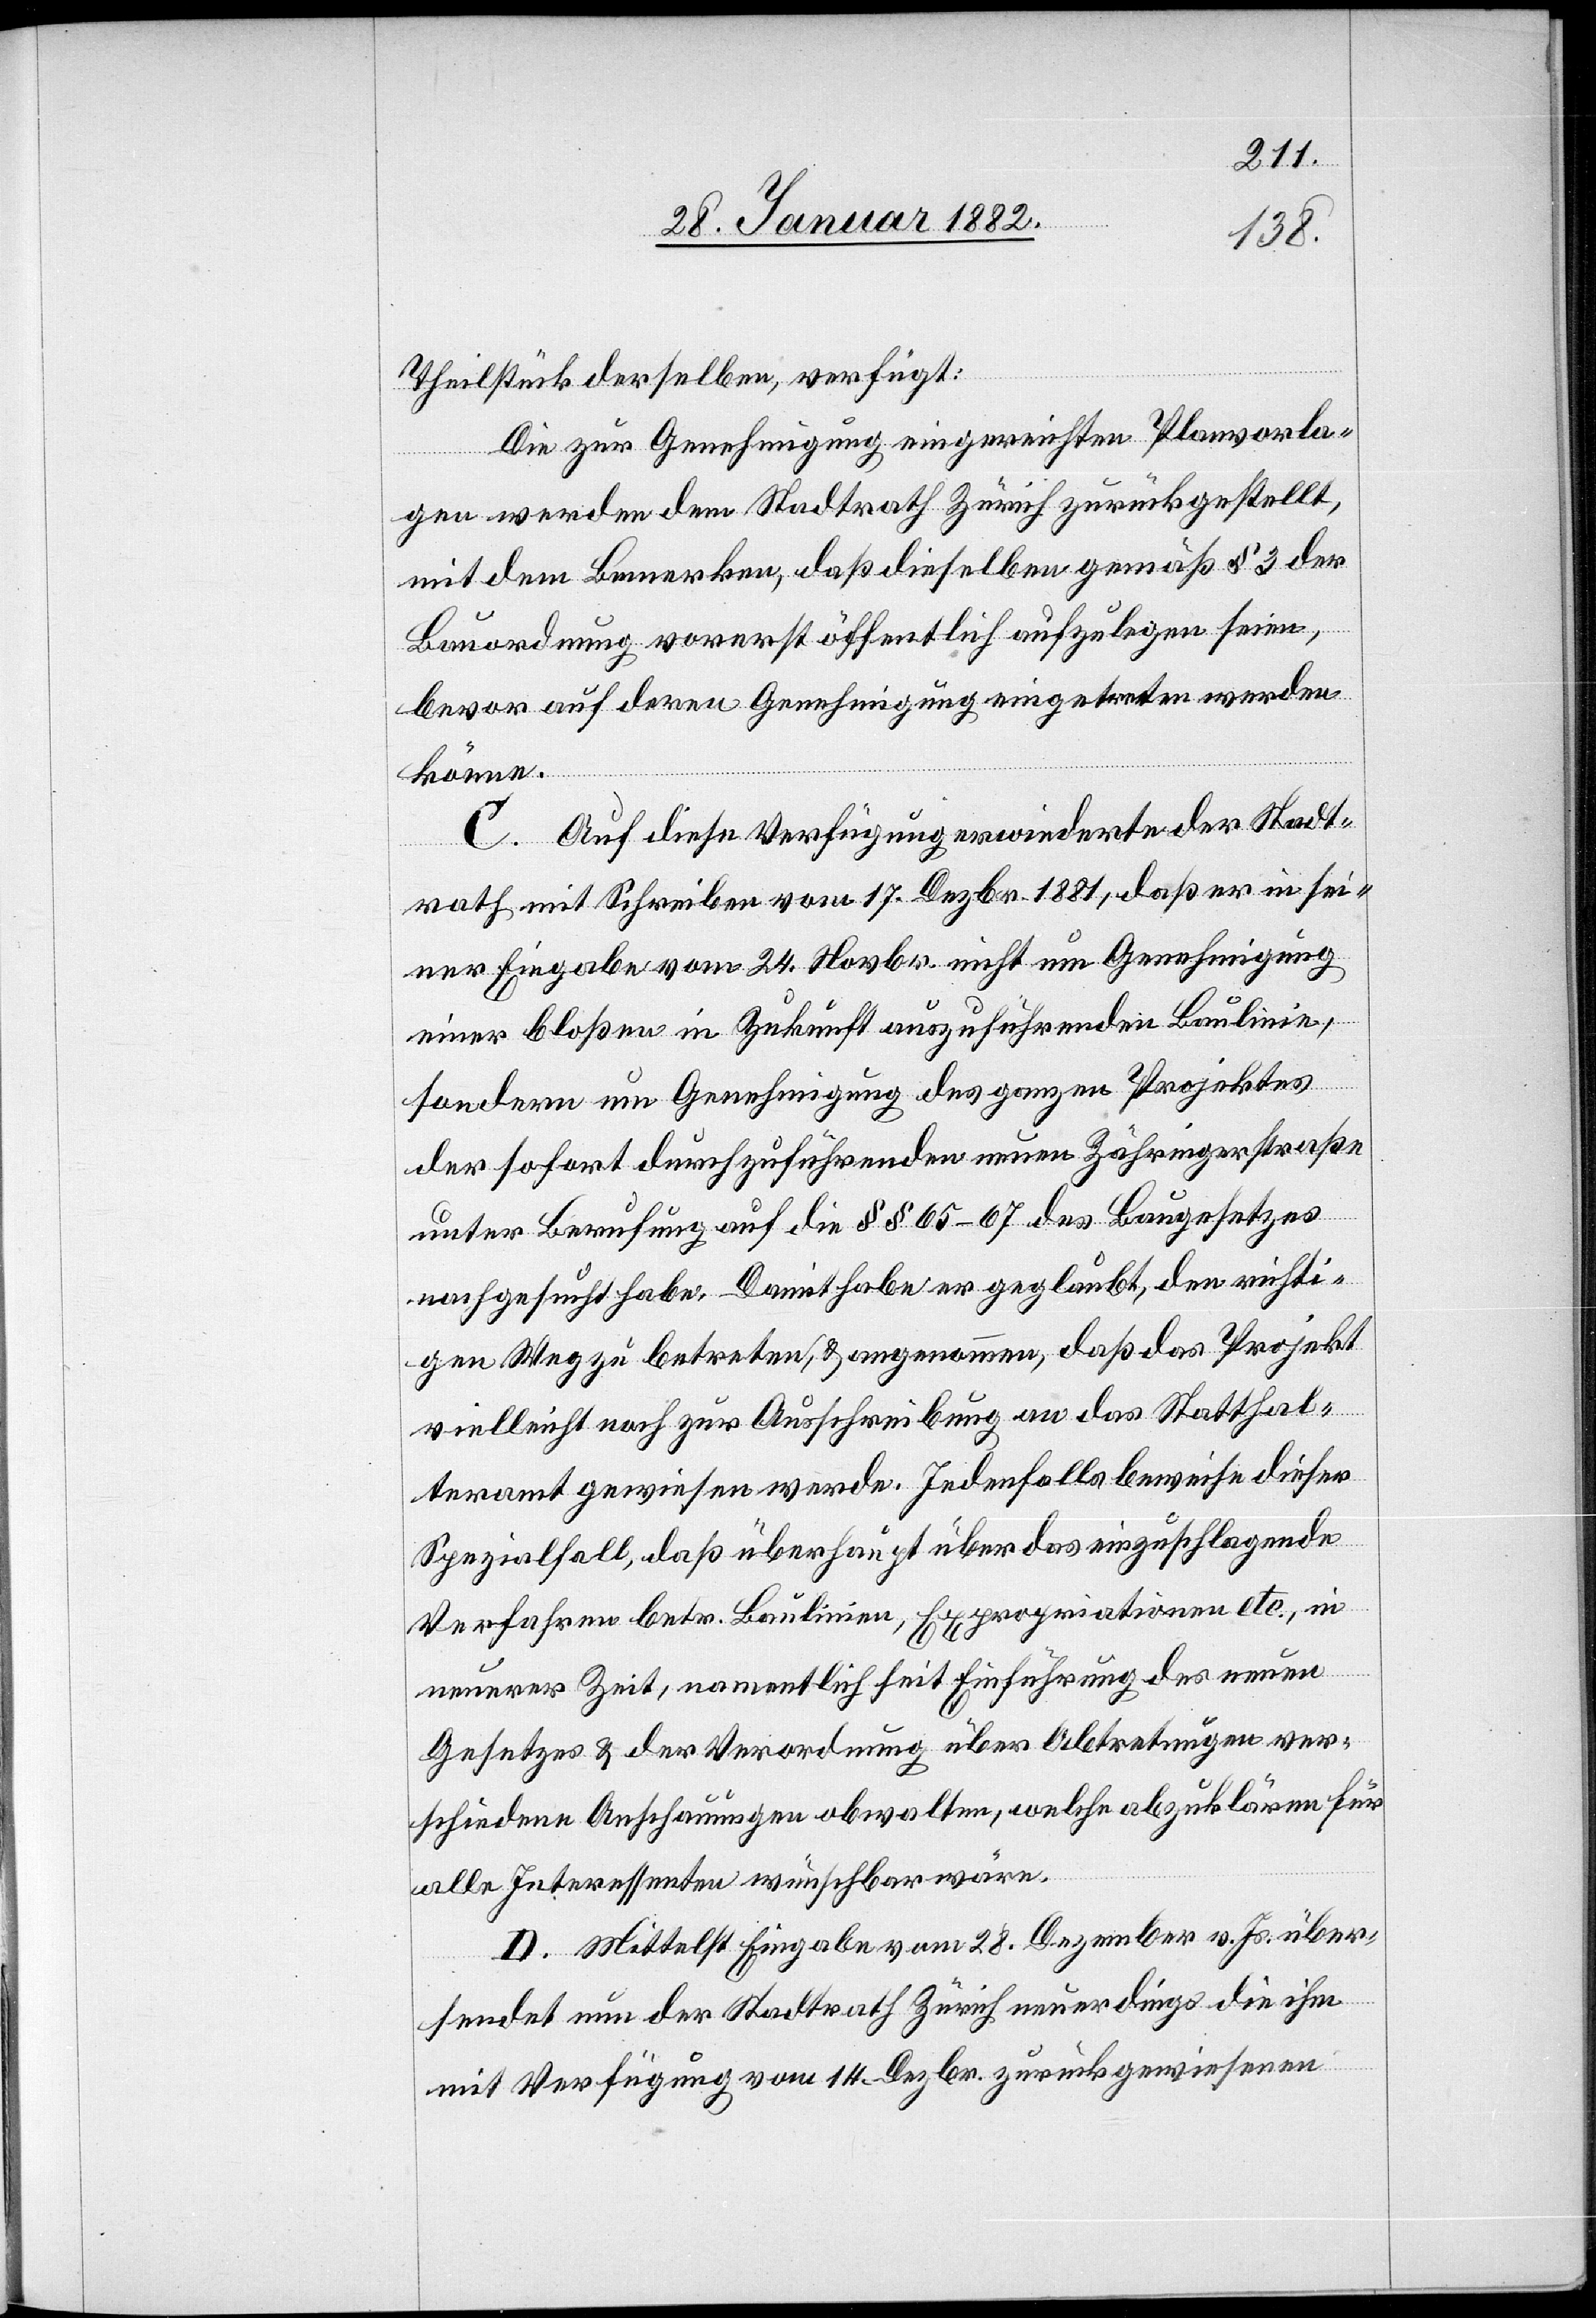
Theilstück derselben, verfügt:
Die zur Genehmigung eingereichten Planvorla¬
gen werden dem Stadtrathe Zürich zurückgestellt,
mit dem Bemerken, daß dieselben gemäß § 3 der
Bauordnung vorerst öffentlich aufzulegen seinen,
bevor auf deren Genehmigung eingetreten werden
könne.
C. Auf diese Verfügung erwiederte der Stadt¬
rath mit Schreiben vom 17. Dezbr. 1881, daß er in sei¬
ner Eingabe vom 24. Novbr. nicht um Genehmigung
einer bloßen in Zukunft auszuführenden Baulinie,
sondern um Genehmigung des ganzen Projektes
der sofort durchzuführenden neuen Zähringerstraße
unter Berufung auf die §§ 65–67 des Baugesetzes
nachgesucht habe. Damit habe er geglaubt, den richti¬
gen Weg zu betreten, & angenommen, daß das Projekt
vielleicht noch zur Ausschreibung an das Statthal¬
teramt gewiesen werde. Jedenfalls beweise dieser
Spezialfall, daß überhaupt über das einzuschlagende
Verfahren betr. Baulinie, Expropriationen etc., in
unserer Zeit, namentlich seit Einführung des neuen
Gesetzes & der Verordnung über Abtretungen ver¬
schiedene Anschauungen obwalten, welche abzuklären für
alle Interessenten wünschbar wäre.
D. Mittelst Eingabe vom 28. Dezember v. Js. über¬
sendet nun der Stadtrath Zürich neuerdings die ihm
mit Verfügung vom 14. Dezbr. zurückgewiesenen